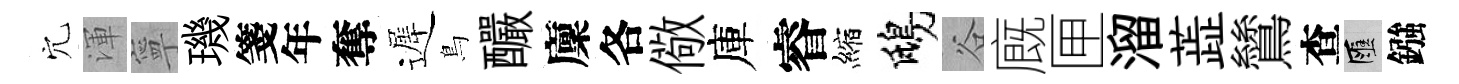
穴渾寧璣箋年奪遲鳥釅廩各儆庫睿縮鴟谷廐匣溜蕋鷥查匯鏹